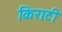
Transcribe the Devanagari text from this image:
किराटी